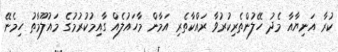
ކުރާ އަނިޔާއާ މެދު ހޭލުންތެރިކުރުވާ ރައްކާތެރި އަމާން މާހައުލެއް ގާއިމުކުރުމުގެ މައުލޫމާތު ހިމެނޭ